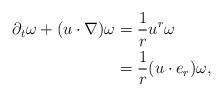
LaTeX: \begin{align*}\partial_t \omega + (u\cdot \nabla) \omega &= \frac 1 r u^r \omega \\&= \frac 1r (u\cdot e_r ) \omega,\end{align*}